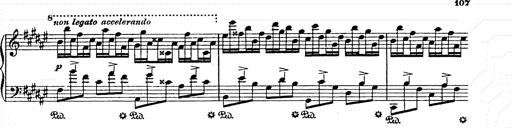
Title: AnnÃ©es de pÃ¨lerinage II
Composer: Franz Liszt